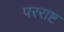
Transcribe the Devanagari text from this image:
परराष्ट